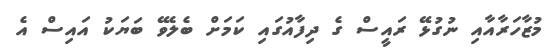
މުޒާހަރާއާއި ނުގުޅޭ ރައީސް ގެ ދިފާއުގައި ކަމަށް ބެލެވޭ ބަޔަކު އައިސް އެ